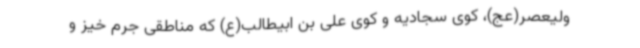
ولیعصر(عج)، کوی سجادیه و کوی علی بن ابیطالب(ع) که مناطقی جرم خیز و